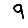
Digit: 9